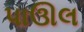
પાઊલ